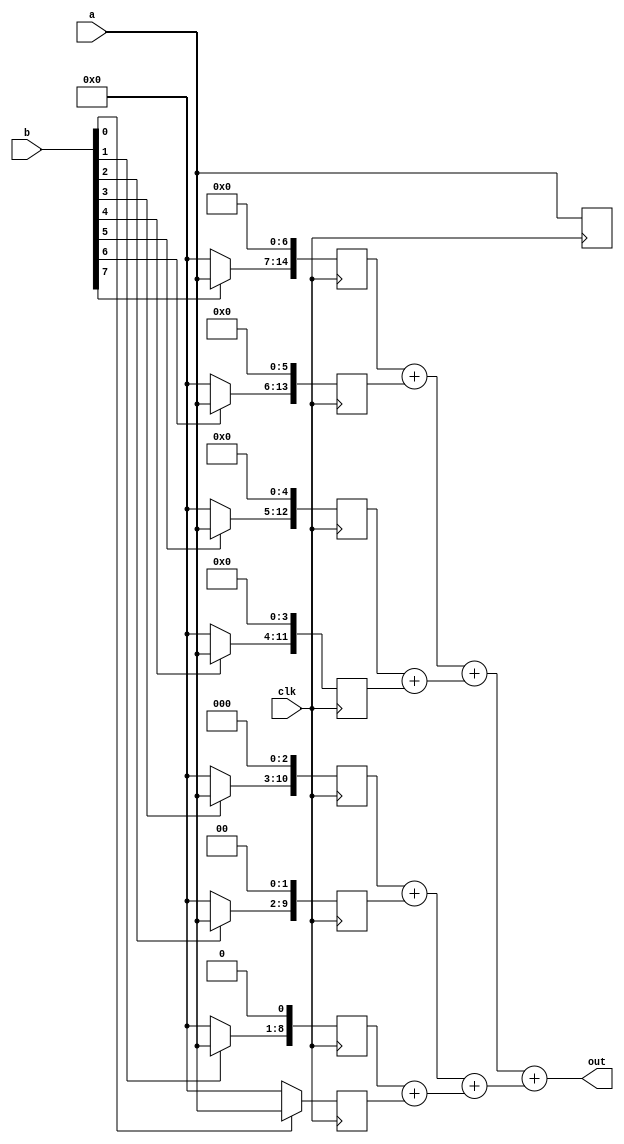
/*
The following drivers conflict:
line 40
line 45
*/
module add_tree(out,a,b,clk);
output[15:0] out;
input[7:0] a,b;
input clk;
wire[15:0] out;
wire[14:0] out1,c1;
wire[12:0] out2;
wire[10:0] out3,c2;
wire[8:0] out4;
reg[14:0] temp0;
reg[13:0] temp1;
reg[12:0] temp2;
reg[11:0] temp3;
reg[10:0] temp4;
reg[9:0] temp5;
reg[8:0] temp6;
reg[7:0] temp7;
integer i;
function[7:0] mult8x1; //81 
input[7:0] operand;
input sel;
begin
mult8x1= (sel) ? (operand) : 8'b00000000;
end
endfunction
always @(posedge clk) //b a 
begin
temp7<=mult8x1(a,b[0]);
temp6<=((mult8x1(a,b[1]))<<1);
temp5<=((mult8x1(a,b[2]))<<2);
temp4<=((mult8x1(a,b[3]))<<3);
temp3<=((mult8x1(a,b[4]))<<4);
temp2<=((mult8x1(a,b[5]))<<5);
temp1<=((mult8x1(a,b[6]))<<6);
temp0<=((mult8x1(a,b[7]))<<7);
end
always @(posedge clk)
begin
for (i=0; i<8; i=i+1)
temp0[i]<=a[i];
end
assign out1 = temp0 + temp1; //
assign out2 = temp2 + temp3;
assign out3 = temp4 + temp5;
assign out4 = temp6 + temp7;
assign c1 = out1 + out2;
assign c2 = out3 + out4;
assign out = c1 + c2;
endmodule